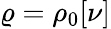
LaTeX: \varrho=\rho_{0}[\nu]